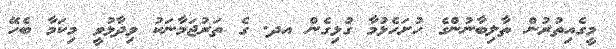
މީގެއިތުރުން ތާލިބާނުންގެ ހުށަހެޅުމާ ގުޅިގެން އދ. ގެ ތަރުޖަމާނަކު ވިދާޅުވީ މިކަމާ ބެހޭ